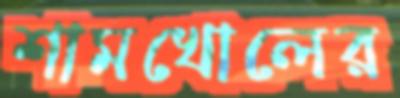
শামখোলের